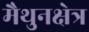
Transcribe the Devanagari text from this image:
मैथुनक्षेत्र